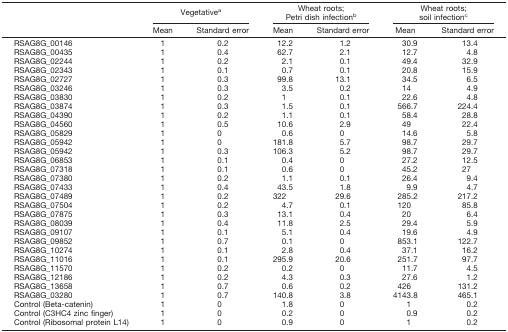
<table><thead><tr><td rowspan="2"></td><td colspan="2"><b>Vegetative<sup>a</sup></b></td><td colspan="2"><b>Wheat roots; Petri dish infection<sup>b</sup></b></td><td colspan="2"><b>Wheat roots; soil infection<sup>c</sup></b></td></tr><tr><td><b>Mean</b></td><td><b>Standard error</b></td><td><b>Mean</b></td><td><b>Standard error</b></td><td><b>Mean</b></td><td><b>Standard error</b></td></tr></thead><tbody><tr><td>RSAG8G_00146</td><td>1</td><td>0.2</td><td>12.2</td><td>1.2</td><td>30.9</td><td>13.4</td></tr><tr><td>RSAG8G_00435</td><td>1</td><td>0.4</td><td>62.7</td><td>2.1</td><td>12.7</td><td>4.8</td></tr><tr><td>RSAG8G_02244</td><td>1</td><td>0.2</td><td>2.1</td><td>0.1</td><td>49.4</td><td>32.9</td></tr><tr><td>RSAG8G_02343</td><td>1</td><td>0.1</td><td>0.7</td><td>0.1</td><td>20.8</td><td>15.9</td></tr><tr><td>RSAG8G_02727</td><td>1</td><td>0.3</td><td>99.8</td><td>13.1</td><td>34.5</td><td>6.5</td></tr><tr><td>RSAG8G_03246</td><td>1</td><td>0.3</td><td>3.5</td><td>0.2</td><td>14</td><td>4.9</td></tr><tr><td>RSAG8G_03830</td><td>1</td><td>0.2</td><td>1</td><td>0.1</td><td>22.6</td><td>4.8</td></tr><tr><td>RSAG8G_03874</td><td>1</td><td>0.3</td><td>1.5</td><td>0.1</td><td>566.7</td><td>224.4</td></tr><tr><td>RSAG8G_04390</td><td>1</td><td>0.2</td><td>1.1</td><td>0.1</td><td>58.4</td><td>28.8</td></tr><tr><td>RSAG8G_04560</td><td>1</td><td>0.5</td><td>10.6</td><td>2.9</td><td>49</td><td>22.4</td></tr><tr><td>RSAG8G_05829</td><td>1</td><td>0</td><td>0.6</td><td>0</td><td>14.6</td><td>5.8</td></tr><tr><td>RSAG8G_05942</td><td>1</td><td>0</td><td>181.8</td><td>5.7</td><td>98.7</td><td>29.7</td></tr><tr><td>RSAG8G_05942</td><td>1</td><td>0.3</td><td>106.3</td><td>5.2</td><td>98.7</td><td>29.7</td></tr><tr><td>RSAG8G_06853</td><td>1</td><td>0.1</td><td>0.4</td><td>0</td><td>27.2</td><td>12.5</td></tr><tr><td>RSAG8G_07318</td><td>1</td><td>0.1</td><td>0.6</td><td>0</td><td>45.2</td><td>27</td></tr><tr><td>RSAG8G_07380</td><td>1</td><td>0.2</td><td>1.1</td><td>0.1</td><td>26.4</td><td>9.4</td></tr><tr><td>RSAG8G_07433</td><td>1</td><td>0.4</td><td>43.5</td><td>1.8</td><td>9.9</td><td>4.7</td></tr><tr><td>RSAG8G_07489</td><td>1</td><td>0.2</td><td>322</td><td>29.6</td><td>285.2</td><td>217.2</td></tr><tr><td>RSAG8G_07504</td><td>1</td><td>0.2</td><td>4.7</td><td>0.1</td><td>120</td><td>85.8</td></tr><tr><td>RSAG8G_07875</td><td>1</td><td>0.3</td><td>13.1</td><td>0.4</td><td>20</td><td>6.4</td></tr><tr><td>RSAG8G_08039</td><td>1</td><td>0.4</td><td>11.8</td><td>2.5</td><td>29.4</td><td>5.9</td></tr><tr><td>RSAG8G_09107</td><td>1</td><td>0.1</td><td>5.1</td><td>0.4</td><td>19.6</td><td>4.9</td></tr><tr><td>RSAG8G_09852</td><td>1</td><td>0.7</td><td>0.1</td><td>0</td><td>853.1</td><td>122.7</td></tr><tr><td>RSAG8G_10274</td><td>1</td><td>0.1</td><td>2.8</td><td>0.4</td><td>37.1</td><td>16.2</td></tr><tr><td>RSAG8G_11016</td><td>1</td><td>0.1</td><td>295.9</td><td>20.6</td><td>251.7</td><td>97.7</td></tr><tr><td>RSAG8G_11570</td><td>1</td><td>0.2</td><td>0.2</td><td>0</td><td>11.7</td><td>4.5</td></tr><tr><td>RSAG8G_12186</td><td>1</td><td>0.2</td><td>4.3</td><td>0.3</td><td>27.6</td><td>1.2</td></tr><tr><td>RSAG8G_13658</td><td>1</td><td>0.7</td><td>0.6</td><td>0.2</td><td>426</td><td>131.2</td></tr><tr><td>RSAG8G_03280</td><td>1</td><td>0.7</td><td>140.8</td><td>3.8</td><td>4143.8</td><td>465.1</td></tr><tr><td>Control (Beta-catenin)</td><td>1</td><td>0</td><td>1.8</td><td>0</td><td>1</td><td>0.2</td></tr><tr><td>Control (C3HC4 zinc finger)</td><td>1</td><td>0</td><td>0.2</td><td>0</td><td>0.9</td><td>0.2</td></tr><tr><td>Control (Ribosomal protein L14)</td><td>1</td><td>0</td><td>0.9</td><td>0</td><td>1</td><td>0.2</td></tr></tbody></table>